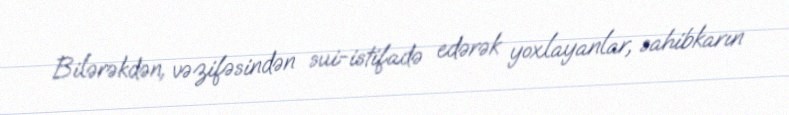
Bilərəkdən, vəzifəsindən sui-istifadə edərək yoxlayanlar, sahibkarın